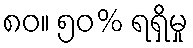
၈၀။ ၅၀% ရရှိမှု